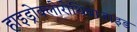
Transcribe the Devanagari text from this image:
हाइड्रोक्लोरोथियाजाइड